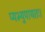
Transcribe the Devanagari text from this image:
प्यभ्युपायतः।